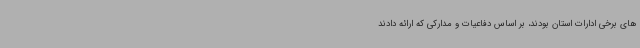
های برخی ادارات استان بودند، بر اساس دفاعیات و مدارکی که ارائه دادند